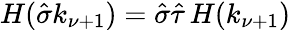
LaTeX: H(\hat{\sigma}k_{\nu+1})=\hat{\sigma}\hat{\tau}\, H(k_{\nu+1})